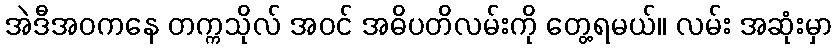
အဲဒီအဝကနေ တက္ကသိုလ် အဝင် အဓိပတိလမ်းကို တွေ့ရမယ်။ လမ်း အဆုံးမှာ